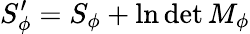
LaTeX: S_{\phi}^{\prime}=S_{\phi}+\ln{\operatorname*{det}M_{\phi}}